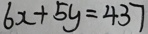
6 x + 5 y = 4 3 7